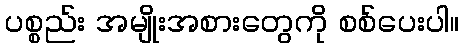
ပစ္စည်း အမျိုးအစားတွေကို စစ်ပေးပါ။